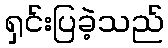
ရှင်းပြခဲ့သည်